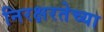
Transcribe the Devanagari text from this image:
निरक्षरतेच्या